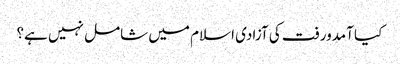
کیا آمدورفت کی آزادی اسلام میں شامل نہیں ہے؟